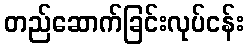
တည်ဆောက်ခြင်းလုပ်ငန်း